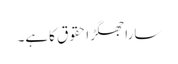
ساراجھگڑاحقوق کاہے۔